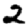
Digit: 2